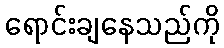
ရောင်းချနေသည်ကို